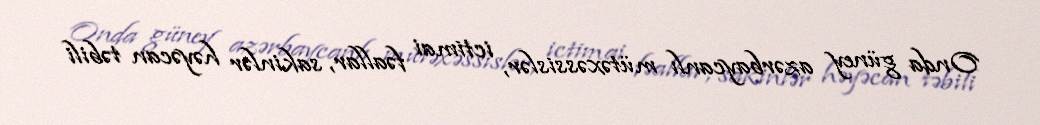
Onda güney azərbaycanlı mütəxəssislər, ictimai fəallar, sakinlər həyəcan təbili